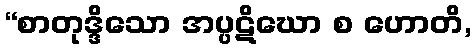
“စာတုဒ္ဒိသော အပ္ပဋိဃော စ ဟောတိ,